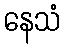
နေသံ